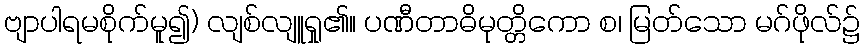
ဗျာပါရမစိုက်မူ၍) လျစ်လျူရှု၏။ ပဏီတာဓိမုတ္တိကော စ၊ မြတ်သော မဂ်ဖိုလ်၌